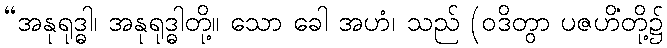
“အနုရုဒ္ဓါ၊ အနုရုဒ္ဓါတို့။ သော ခေါ အဟံ၊ သည် (ဝဒိတွာ ပဇဟိံတို့၌